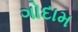
ગોદામ